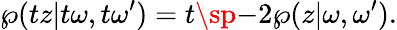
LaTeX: \wp(tz|t\omega,t\omega^{\prime})=t\sp{-2}\wp(z|\omega,\omega^{\prime}).